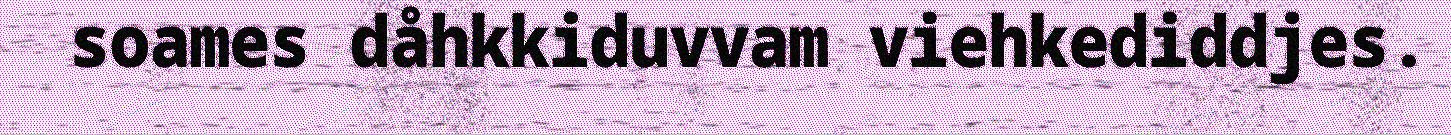
soames dåhkkiduvvam viehkediddjes.